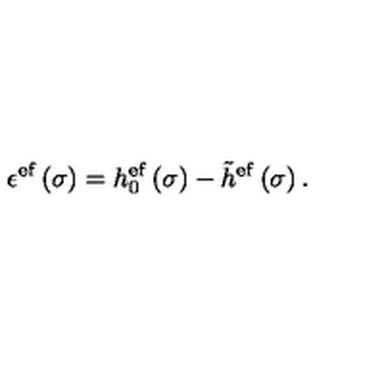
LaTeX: \epsilon ^ { \mathrm { e f } } \left( \sigma \right) = h _ { 0 } ^ { \mathrm { e f } } \left( \sigma \right) - \tilde { h } ^ { \mathrm { e f } } \left( \sigma \right) .